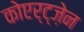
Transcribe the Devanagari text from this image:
कोएर्ट्ज़ेन